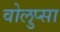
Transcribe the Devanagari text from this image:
वोलुप्सा